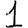
Digit: 1